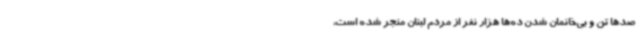
صدها تن و بی‌خانمان شدن ده‌ها هزار نفر از مردم لبنان منجر شده است،